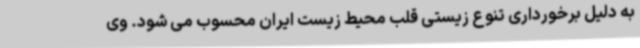
به دلیل برخورداری تنوع زیستی قلب محیط زیست ایران محسوب می شود. وی